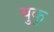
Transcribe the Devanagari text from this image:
युकु